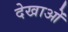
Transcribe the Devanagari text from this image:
देखाओं